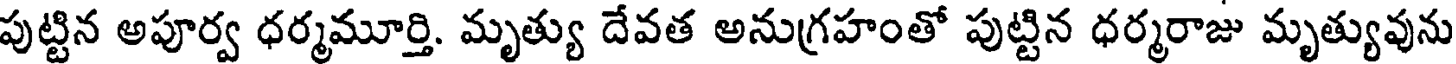
పుట్టిన అపూర్వ ధర్మమూర్తి. మృత్యు దేవత అనుగ్రహంతో పుట్టిన ధర్మరాజు మృత్యువును